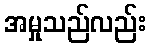
အမှုသည်လည်း